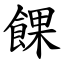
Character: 餜